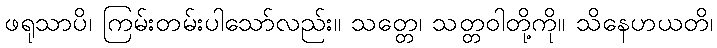
ဖရုသာပိ၊ ကြမ်းတမ်းပါသော်လည်း။ သတ္တေ၊ သတ္တဝါတို့ကို။ သိနေဟယတိ၊